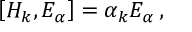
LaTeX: \left[ H _ { k } , E _ { \alpha } \right] = \alpha _ { k } E _ { \alpha } \, ,